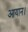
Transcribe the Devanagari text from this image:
आयान।